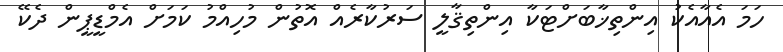
ހަމަ އެއާއެކު އިންތިޚާބަށްޓަކާ އިންތިޤާލީ ސަރުކާރެއް އޮތުން މުހިއްމު ކަމަށް އެމްޑީޕީން ދެކޭ